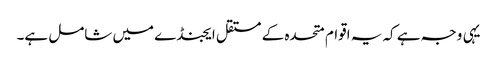
یہی وجہ ہے کہ یہ اقوام متحدہ کے مستقل ایجنڈے میں شامل ہے۔